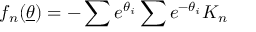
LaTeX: f _ { n } ( \underline { { { \theta } } } ) = - \sum e ^ { \theta _ { i } } \sum e ^ { - \theta _ { i } } K _ { n }